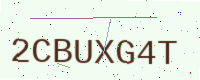
Text: 2CBUXG4T